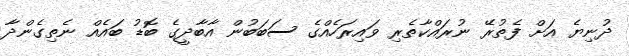
ދުނިޔެ އަށް ފެތުރޭ ނުރައްކާތެރި ވައިރަހެއްގެ ސަބަބުން އާބާދީގެ ބޮޑު ބައެއް ނެތިގެންދާ